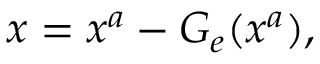
x = x ^ { a } - G _ { e } ( x ^ { a } ) ,